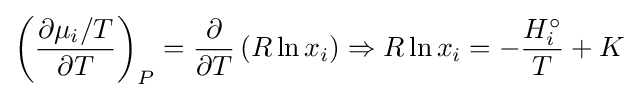
\left({\frac {\partial \mu _{i}/T}{\partial T}}\right)_{P}={\frac {\partial }{\partial T}}\left(R\ln x_{i}\right)\Rightarrow R\ln x_{i}=-{\frac {H_{i}^{\circ }}{T}}+K